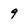
Character: 9